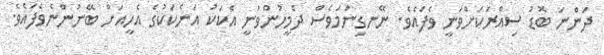
ދަންނަ ބޮޑު ސިއްރަކަށްވަނީ ވެފައެވެ. ނޭނގިނަމަވެސް ދެމީހުންވަނީ އެކަކު އަނެކަކުގެ އެހީއަށް ބޭނުންނެވެފައެވެ.